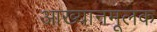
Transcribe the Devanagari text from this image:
आख्यानमूलक